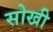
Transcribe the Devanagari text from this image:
सोखी